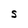
Character: S